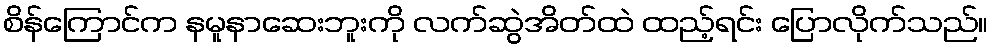
စိန်ကြောင်က နမူနာဆေးဘူးကို လက်ဆွဲအိတ်ထဲ ထည့်ရင်း ပြောလိုက်သည်။